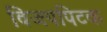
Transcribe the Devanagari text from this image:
विजयपिटक